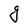
Character: g